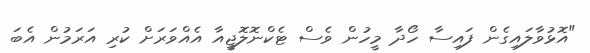
"އޮޅުވާލައިގެން ފައިސާ ހޯދާ މީހުން ވެސް ޓެކްނޮލޮޖީއާ އެއްވަރަށް ކުރި އަރަމުން އެބަ